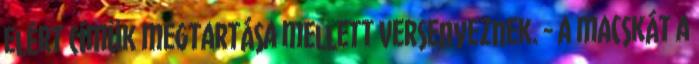
elért címük megtartása mellett versenyeznek. - a macskát a